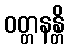
ဝတ္တနန္တိ